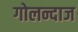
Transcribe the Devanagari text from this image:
गोलन्दाज